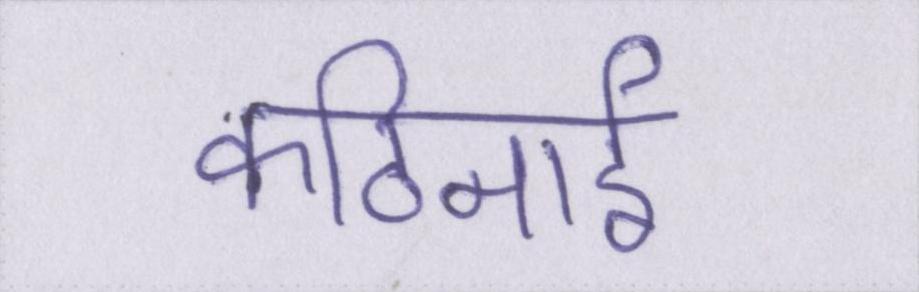
कठिनाई